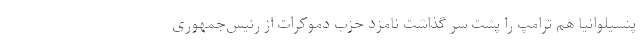
پنسیلوانیا هم ترامپ را پشت سر گذاشت نامزد حزب دموکرات از رئیس‌جمهوری